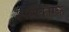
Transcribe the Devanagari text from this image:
स्पष्टीकारक